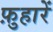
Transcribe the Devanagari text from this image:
फ़ुहारें